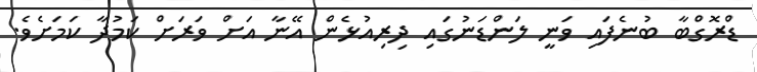
ޑްރޮގްބާ ބުނެފައި ވަނީ ލަންޑަނުގައި ދިރިއުޅެން އޭނާ އަށް ވަރަށް ކަމުދާ ކަމަށެވެ.